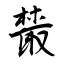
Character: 樷